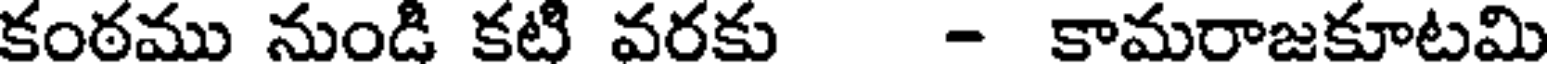
కంఠము నుండి కటి వరకు - కామరాజకూటమి